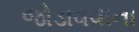
જોડાવવાના